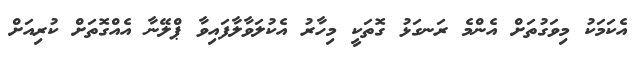
އެކަމަކު މިވަގުތަށް އެންމެ ރަނގަޅު ގޮތަކީ މިހާރު އެކުލަވާލާފައިވާ ޕްލޭނާ އެއްގޮތަށް ކުރިއަށް